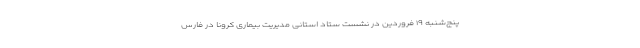
پنج‌شنبه ١٩ فروردین در نشست ستاد استانی مدیریت بیماری کرونا در فارس